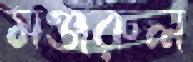
মঞ্জরুল